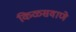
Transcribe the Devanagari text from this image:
किळसवाणे